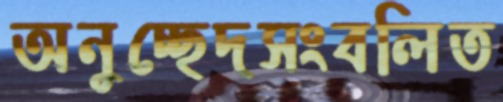
অনুচ্ছেদসংবলিত